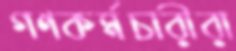
গণকর্মচারীরা